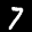
Label: 7